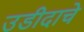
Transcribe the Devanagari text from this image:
उडीदाचे